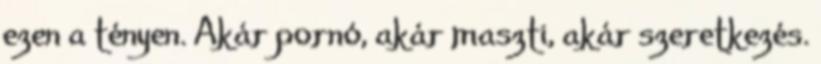
ezen a tényen. Akár pornó, akár maszti, akár szeretkezés.